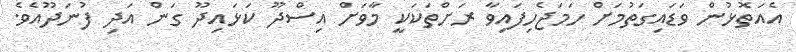
އެއަތޮޅުން ވަޑައިގަތުމަށް ހަމަޖެހިފައިވާ ރަށްތަކަކީ މާވަށް އިސްދޫ ކަޅައިދޫ ގަން އަދި ފުނަދޫއެވެ.